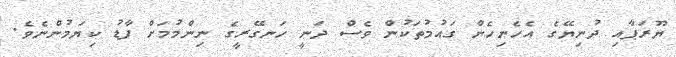
ޔޫރަޕާއި ދުނިޔޭގެ އެހެނިހެން ގައުމުތަކުން ވެސް ދަނީ ހަނގޭރީގެ ނިންމުމަށް ފާޑު ކިޔަމުންނެވެ.